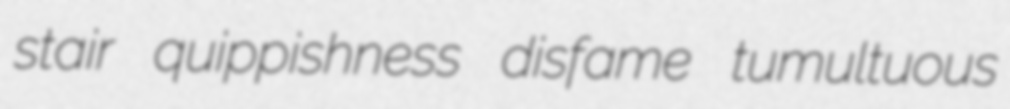
stair quippishness disfame tumultuous